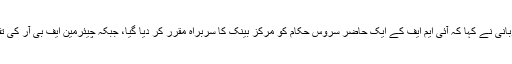
گورنر اسٹیٹ بینک کی تقرری سے متعلق میاں رضا ربانی نے کہا کہ آئی ایم ایف کے ایک حاضر سروس حکام کو مرکز بینک کا سربراہ مقرر کر دیا گیا، جبکہ چیئرمین ایف بی آر کی تقرری واضح طور پر مفادات سے تصادم کا معاملہ ہے۔